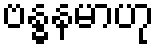
ဗန္ဓနမာဟု